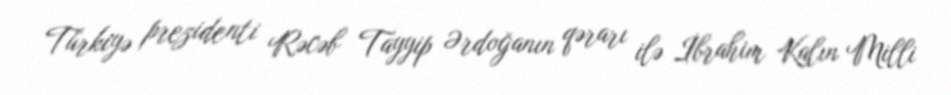
Türkiyə prezidenti Rəcəb Tayyip Ərdoğanın qərarı ilə İbrahim Kalın Milli